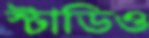
স্টাডিও